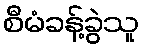
စီမံခန့်ခွဲသူ